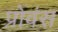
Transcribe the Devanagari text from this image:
प्रोवंस